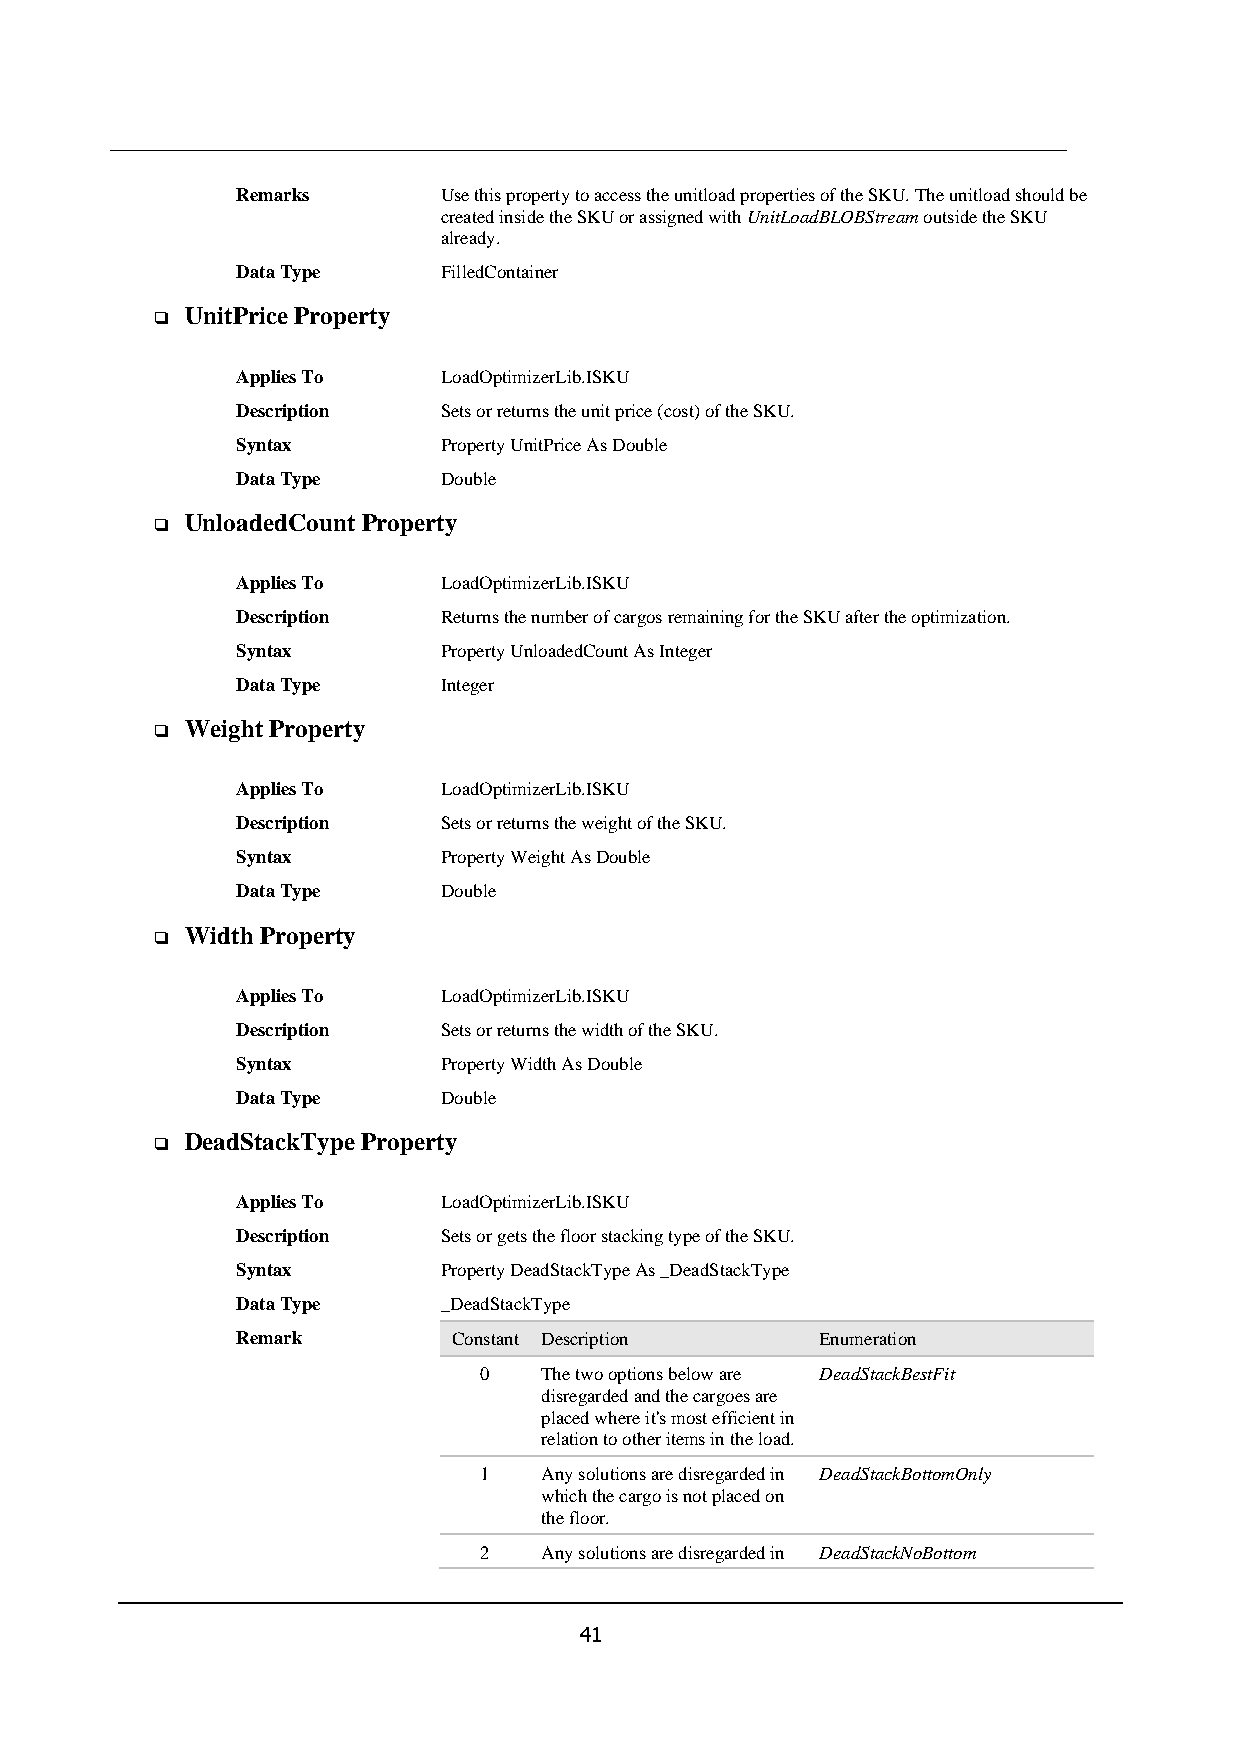
Remarks      Use this property to access the unitload properties of the SKU. The unitload should be
 created inside the SKU or assigned with UnitLoadBLOBStream outside the SKU
 already.
 Data Type    FilledContainer
 UnitPrice Property
 ❑
 Applies To   LoadOptimizerLib.ISKU
 Description  Sets or returns the unit price (cost) of the SKU.
 Syntax       Property UnitPrice As Double
 Data Type    Double
 UnloadedCount Property
 ❑
 Applies To   LoadOptimizerLib.ISKU
 Description  Returns the number of cargos remaining for the SKU after the optimization.
 Syntax       Property UnloadedCount As Integer
 Data Type    Integer
 Weight Property
 ❑
 Applies To   LoadOptimizerLib.ISKU
 Description  Sets or returns the weight of the SKU.
 Syntax       Property Weight As Double
 Data Type    Double
 Width Property
 ❑
 Applies To   LoadOptimizerLib.ISKU
 Description  Sets or returns the width of the SKU.
 Syntax       Property Width As Double
 Data Type    Double
 DeadStackType Property
 ❑
 Applies To   LoadOptimizerLib.ISKU
 Description  Sets or gets the floor stacking type of the SKU.
 Syntax       Property DeadStackType As _DeadStackType
 Data Type    _DeadStackType
 Remark        Constant Description    Enumeration
 0   The two options below are DeadStackBestFit
 disregarded and the cargoes are
 placed where it's most efficient in
 relation to other items in the load.
 1   Any solutions are disregarded in DeadStackBottomOnly
 which the cargo is not placed on
 the floor.
 2   Any solutions are disregarded in DeadStackNoBottom
 41